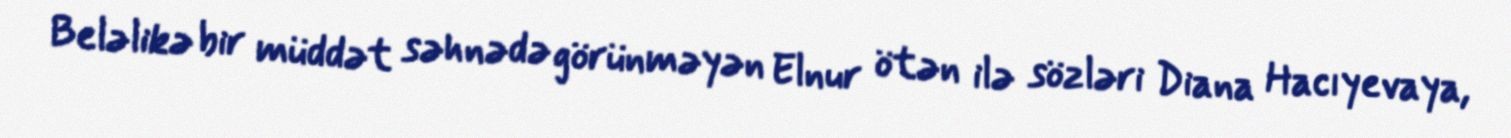
Beləlikə bir müddət səhnədə görünməyən Elnur ötən ilə sözləri Diana Hacıyevaya,